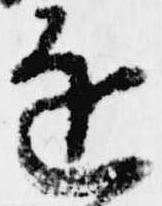
近